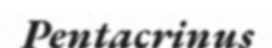
Pentacrinus